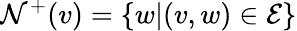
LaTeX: \mathcal{N}^{+}(v)=\{ w|(v,w)\in\mathcal{E}\}